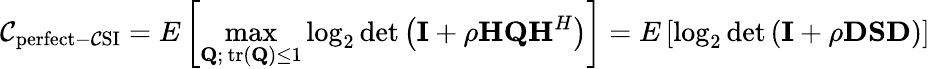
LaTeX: \mathcal{C}_{\mathrm{{perfect-\mathcal{C}SI}}}=E\left[\operatorname*{max}_{\mathbf{{Q}};\, {\mathrm{{tr}}}(\mathbf{{Q}})\leq1}\log_{2}\operatorname*{det}\left(\mathbf{{I}}+\rho\mathbf{{H}}\mathbf{{Q}}\mathbf{{H}}^{H}\right)\right]=E\left[\log_{2}\operatorname*{det}\left(\mathbf{{I}}+\rho\mathbf{{D}}\mathbf{{S}}\mathbf{{D}}\right)\right]